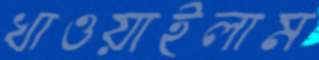
খাওয়াইলাম